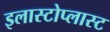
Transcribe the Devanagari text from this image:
इलास्टोप्लास्ट